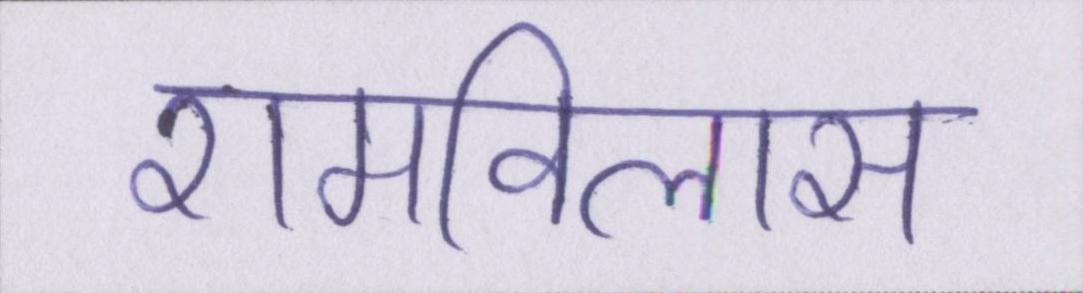
रामविलास